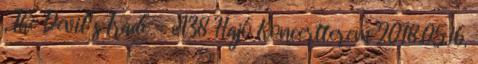
, The Devil´s Trade - A38 Hajó Koncertterem 2018.05.16.